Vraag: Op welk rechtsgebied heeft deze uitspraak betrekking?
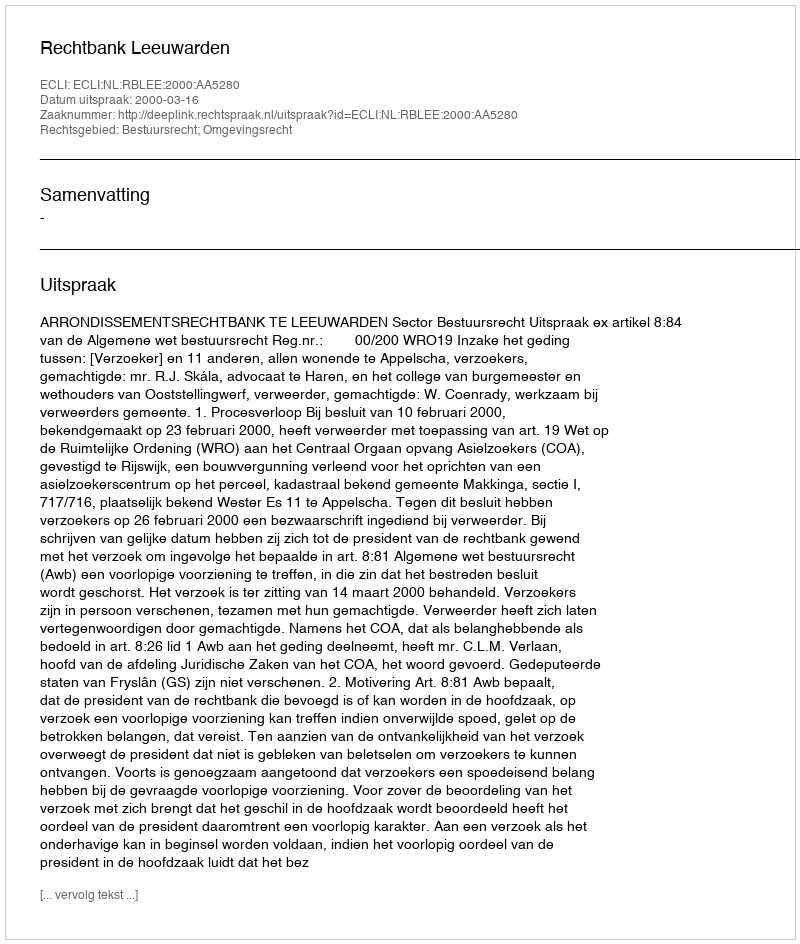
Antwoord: Bestuursrecht; Omgevingsrecht